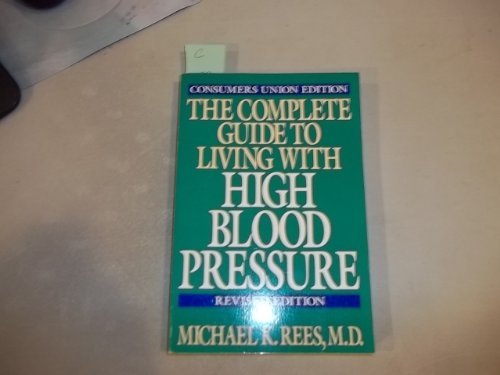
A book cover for The Complete Guide to Living With High Blood Pressure; Michael K. Rees; Health, Fitness & Dieting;